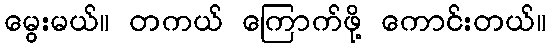
မွေးမယ်။ တကယ် ကြောက်ဖို့ ကောင်းတယ်။